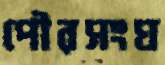
পৌরসংঘ